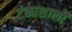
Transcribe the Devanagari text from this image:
टंकाशाली